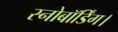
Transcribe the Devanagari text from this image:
स्नोबॉर्डिंग।